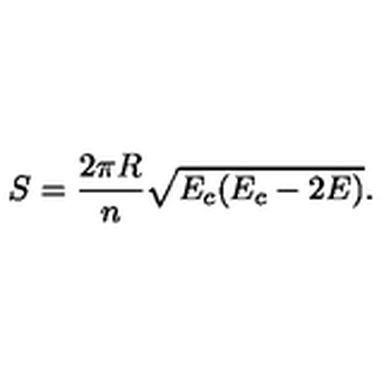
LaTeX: S = \frac { 2 \pi R } { n } \sqrt { E _ { c } ( E _ { c } - 2 E ) } .